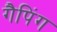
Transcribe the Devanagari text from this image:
गैपिंग